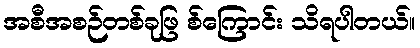
အစီအစဉ်တစ်ခုဖြ စ်ကြောင်း သိရပါတယ်။